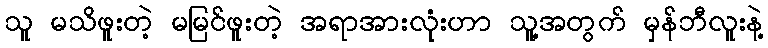
သူ မသိဖူးတဲ့ မမြင်ဖူးတဲ့ အရာအားလုံးဟာ သူ့အတွက် မှန်ဘီလူးနဲ့